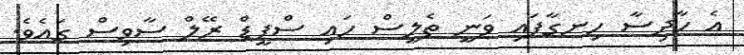
އެ ހާދިސާ ހިނގާފައި ވަނީ ތެލީސް ހައި ސްޕީޑް ރޭލް ސާވިސް ގައެވެ.